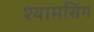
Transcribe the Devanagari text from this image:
श्यामसिंग